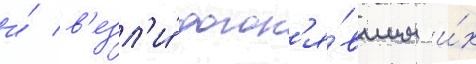
и́ в'езл'и́ догон'я́вшим и́х